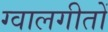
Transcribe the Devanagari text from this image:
ग्वालगीतों